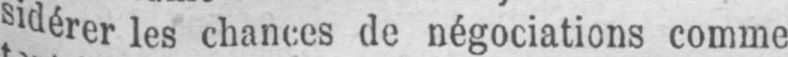
sidérer les chances de négociations comme